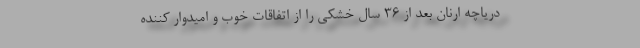
دریاچه ارنان بعد از ۳۶ سال خشکی را از اتفاقات خوب و امیدوار کننده